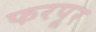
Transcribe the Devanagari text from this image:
फरपूर